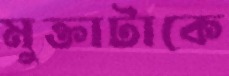
মুক্তাটাকে